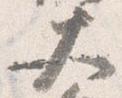
大